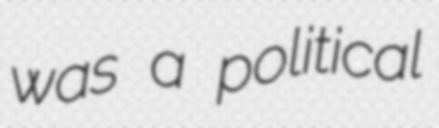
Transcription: was a political